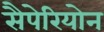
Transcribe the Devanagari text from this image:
सैपेरियोन